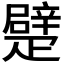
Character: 𤴣